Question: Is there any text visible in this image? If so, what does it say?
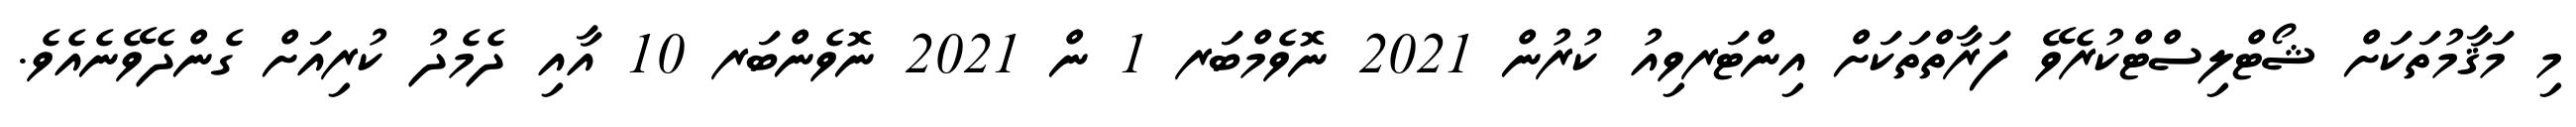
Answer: މި މަޤާމުތަކަށް ޝޯޓްލިސްޓްކުރެވޭ ފަރާތްތަކަށް އިންޓަރވިއު ކުރުން 2021 ނޮވެމްބަރ 1 ން 2021 ނޮވެންބަރ 10 އާއި ދެމެދު ކުރިއަށް ގެންދެވޭނެއެވެ.